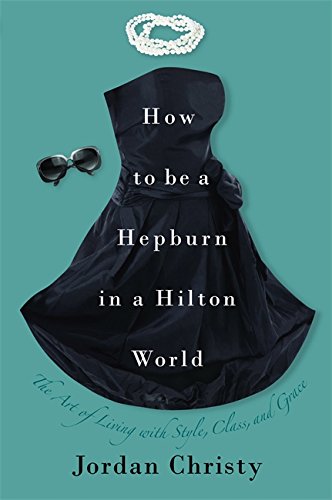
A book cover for How to Be a Hepburn in a Hilton World: The Art of Living with Style, Class, and Grace; Jordan Christy; Reference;